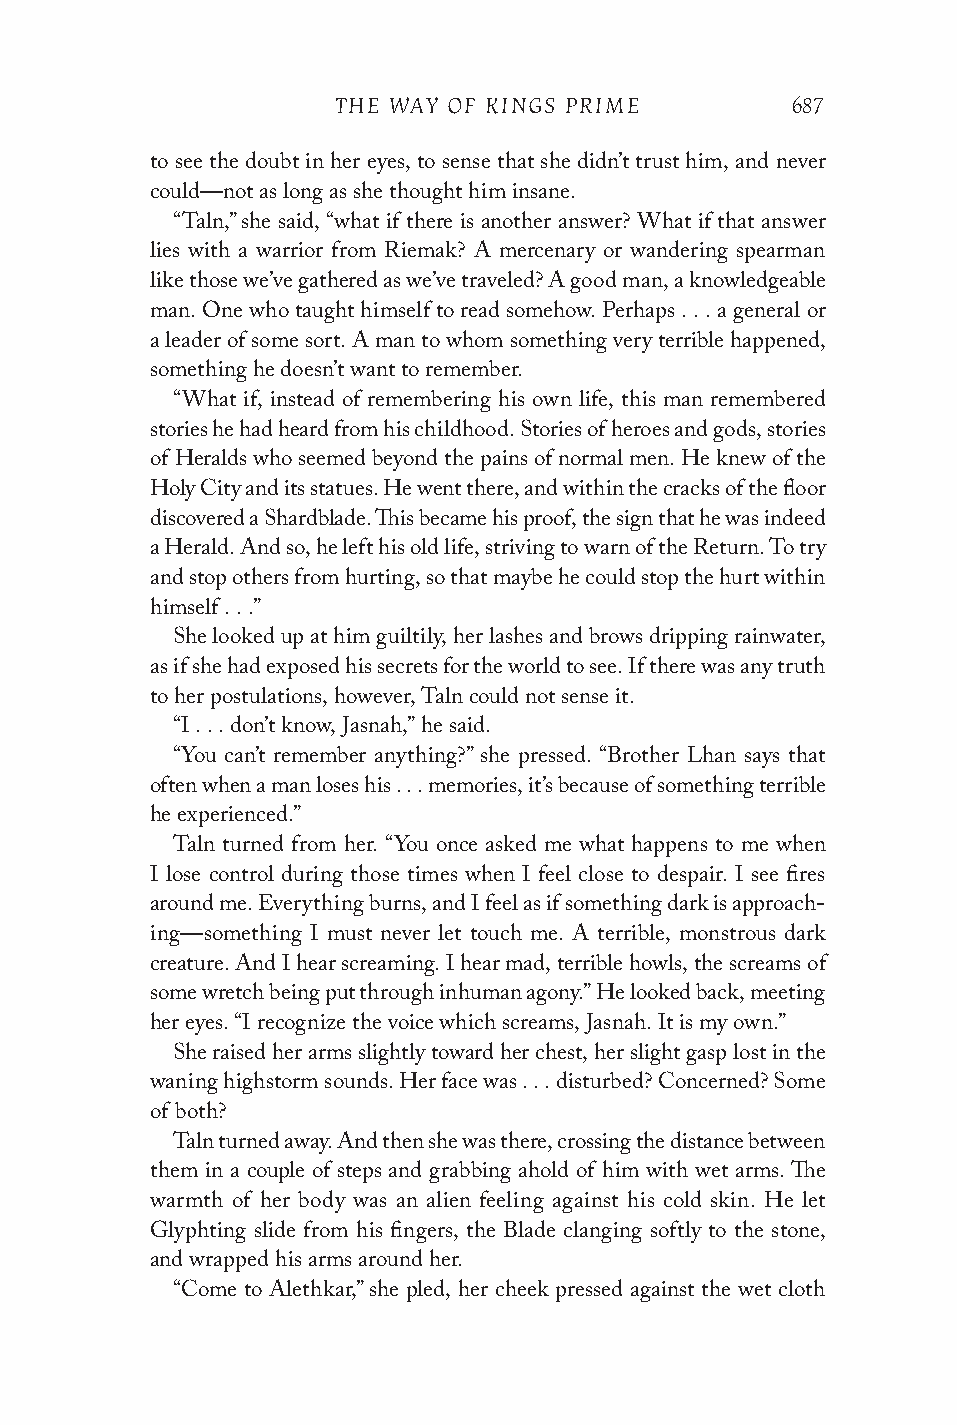
THE WAY OF KINGS PRIME        687
 to see the doubt in her eyes, to sense that she didn’t trust him, and never
 could—not as long as she thought him insane.
 “Taln,” she said, “what if there is another answer? What if that answer
 lies with a warrior from Riemak? A mercenary or wandering spearman
 like those we’ve gathered as we’ve traveled? A good man, a knowledgeable
 man. One who taught himself to read somehow. Perhaps . . . a general or
 a leader of some sort. A man to whom something very terrible happened,
 something he doesn’t want to remember.
 “What if, instead of remembering his own life, this man remembered
 stories he had heard from his childhood. Stories of heroes and gods, stories
 of Heralds who seemed beyond the pains of normal men. He knew of the
 Holy City and its statues. He went there, and within the cracks of the floor
 discovered a Shardblade. This became his proof, the sign that he was indeed
 a Herald. And so, he left his old life, striving to warn of the Return. To try
 and stop others from hurting, so that maybe he could stop the hurt within
 himself . . .”
 She looked up at him guiltily, her lashes and brows dripping rainwater,
 as if she had exposed his secrets for the world to see. If there was any truth
 to her postulations, however, Taln could not sense it.
 “I . . . don’t know, Jasnah,” he said.
 “You can’t remember anything?” she pressed. “Brother Lhan says that
 often when a man loses his . . . memories, it’s because of something terrible
 he experienced.”
 Taln turned from her. “You once asked me what happens to me when
 I lose control during those times when I feel close to despair. I see fires
 around me. Everything burns, and I feel as if something dark is approach-
 ing—something I must never let touch me. A terrible, monstrous dark
 creature. And I hear screaming. I hear mad, terrible howls, the screams of
 some wretch being put through inhuman agony.” He looked back, meeting
 her eyes. “I recognize the voice which screams, Jasnah. It is my own.”
 She raised her arms slightly toward her chest, her slight gasp lost in the
 waning highstorm sounds. Her face was . . . disturbed? Concerned? Some
 of both?
 Taln turned away. And then she was there, crossing the distance between
 them in a couple of steps and grabbing ahold of him with wet arms. The
 warmth of her body was an alien feeling against his cold skin. He let
 Glyphting slide from his fingers, the Blade clanging softly to the stone,
 and wrapped his arms around her.
 “Come to Alethkar,” she pled, her cheek pressed against the wet cloth